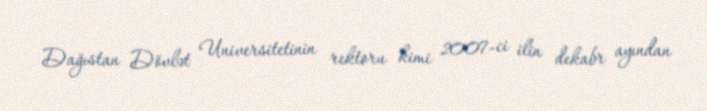
Dağıstan Dövlət Universitetinin rektoru kimi 2007-ci ilin dekabr ayından